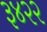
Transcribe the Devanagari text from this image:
३४२२